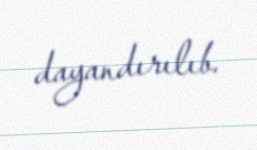
dayandırılıb.